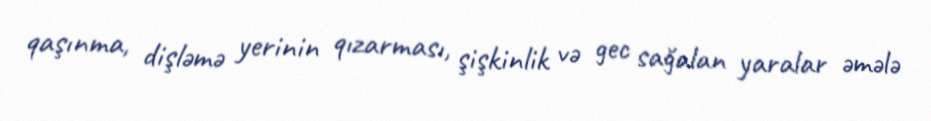
qaşınma, dişləmə yerinin qızarması, şişkinlik və gec sağalan yaralar əmələ